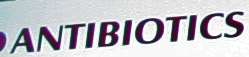
ANTIBIOTICS